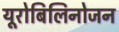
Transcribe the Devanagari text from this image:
यूरोबिलिनोजन